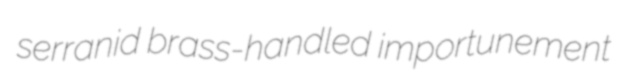
serranid brass-handled importunement